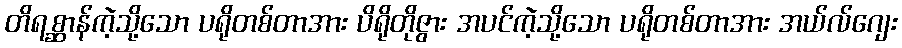
တိရစ္ဆာန်ကဲ့သို့သော ပရိုတစ်တာအား ပိရိုတိုဇွား အပင်ကဲ့သို့သော ပရိုတစ်တာအား အယ်လ်ဂျေး